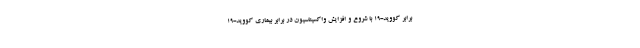
برابر کووید-۱۹ با شروع و افزایش واکسیناسیون در برابر بیماری کووید-۱۹